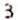
3